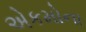
એકમોના